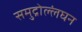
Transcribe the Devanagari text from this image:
समुद्रोल्लंघन